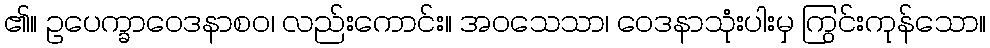
၏။ ဥပေက္ခာဝေဒနာစဝ၊ လည်းကောင်း။ အဝသေသာ၊ ဝေဒနာသုံးပါးမှ ကြွင်းကုန်သော။